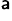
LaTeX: ^\mathsf{a}